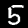
Digit: 5